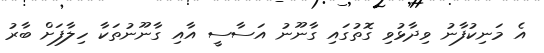
އެ މަނިކުފާނު ވިދާޅުވި ގޮތުގައި ގާނޫނު އަސާސީ އާއި ގާނޫނުތަކާ ހިލާފަށް ބާރު